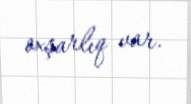
oxşarlıq var.